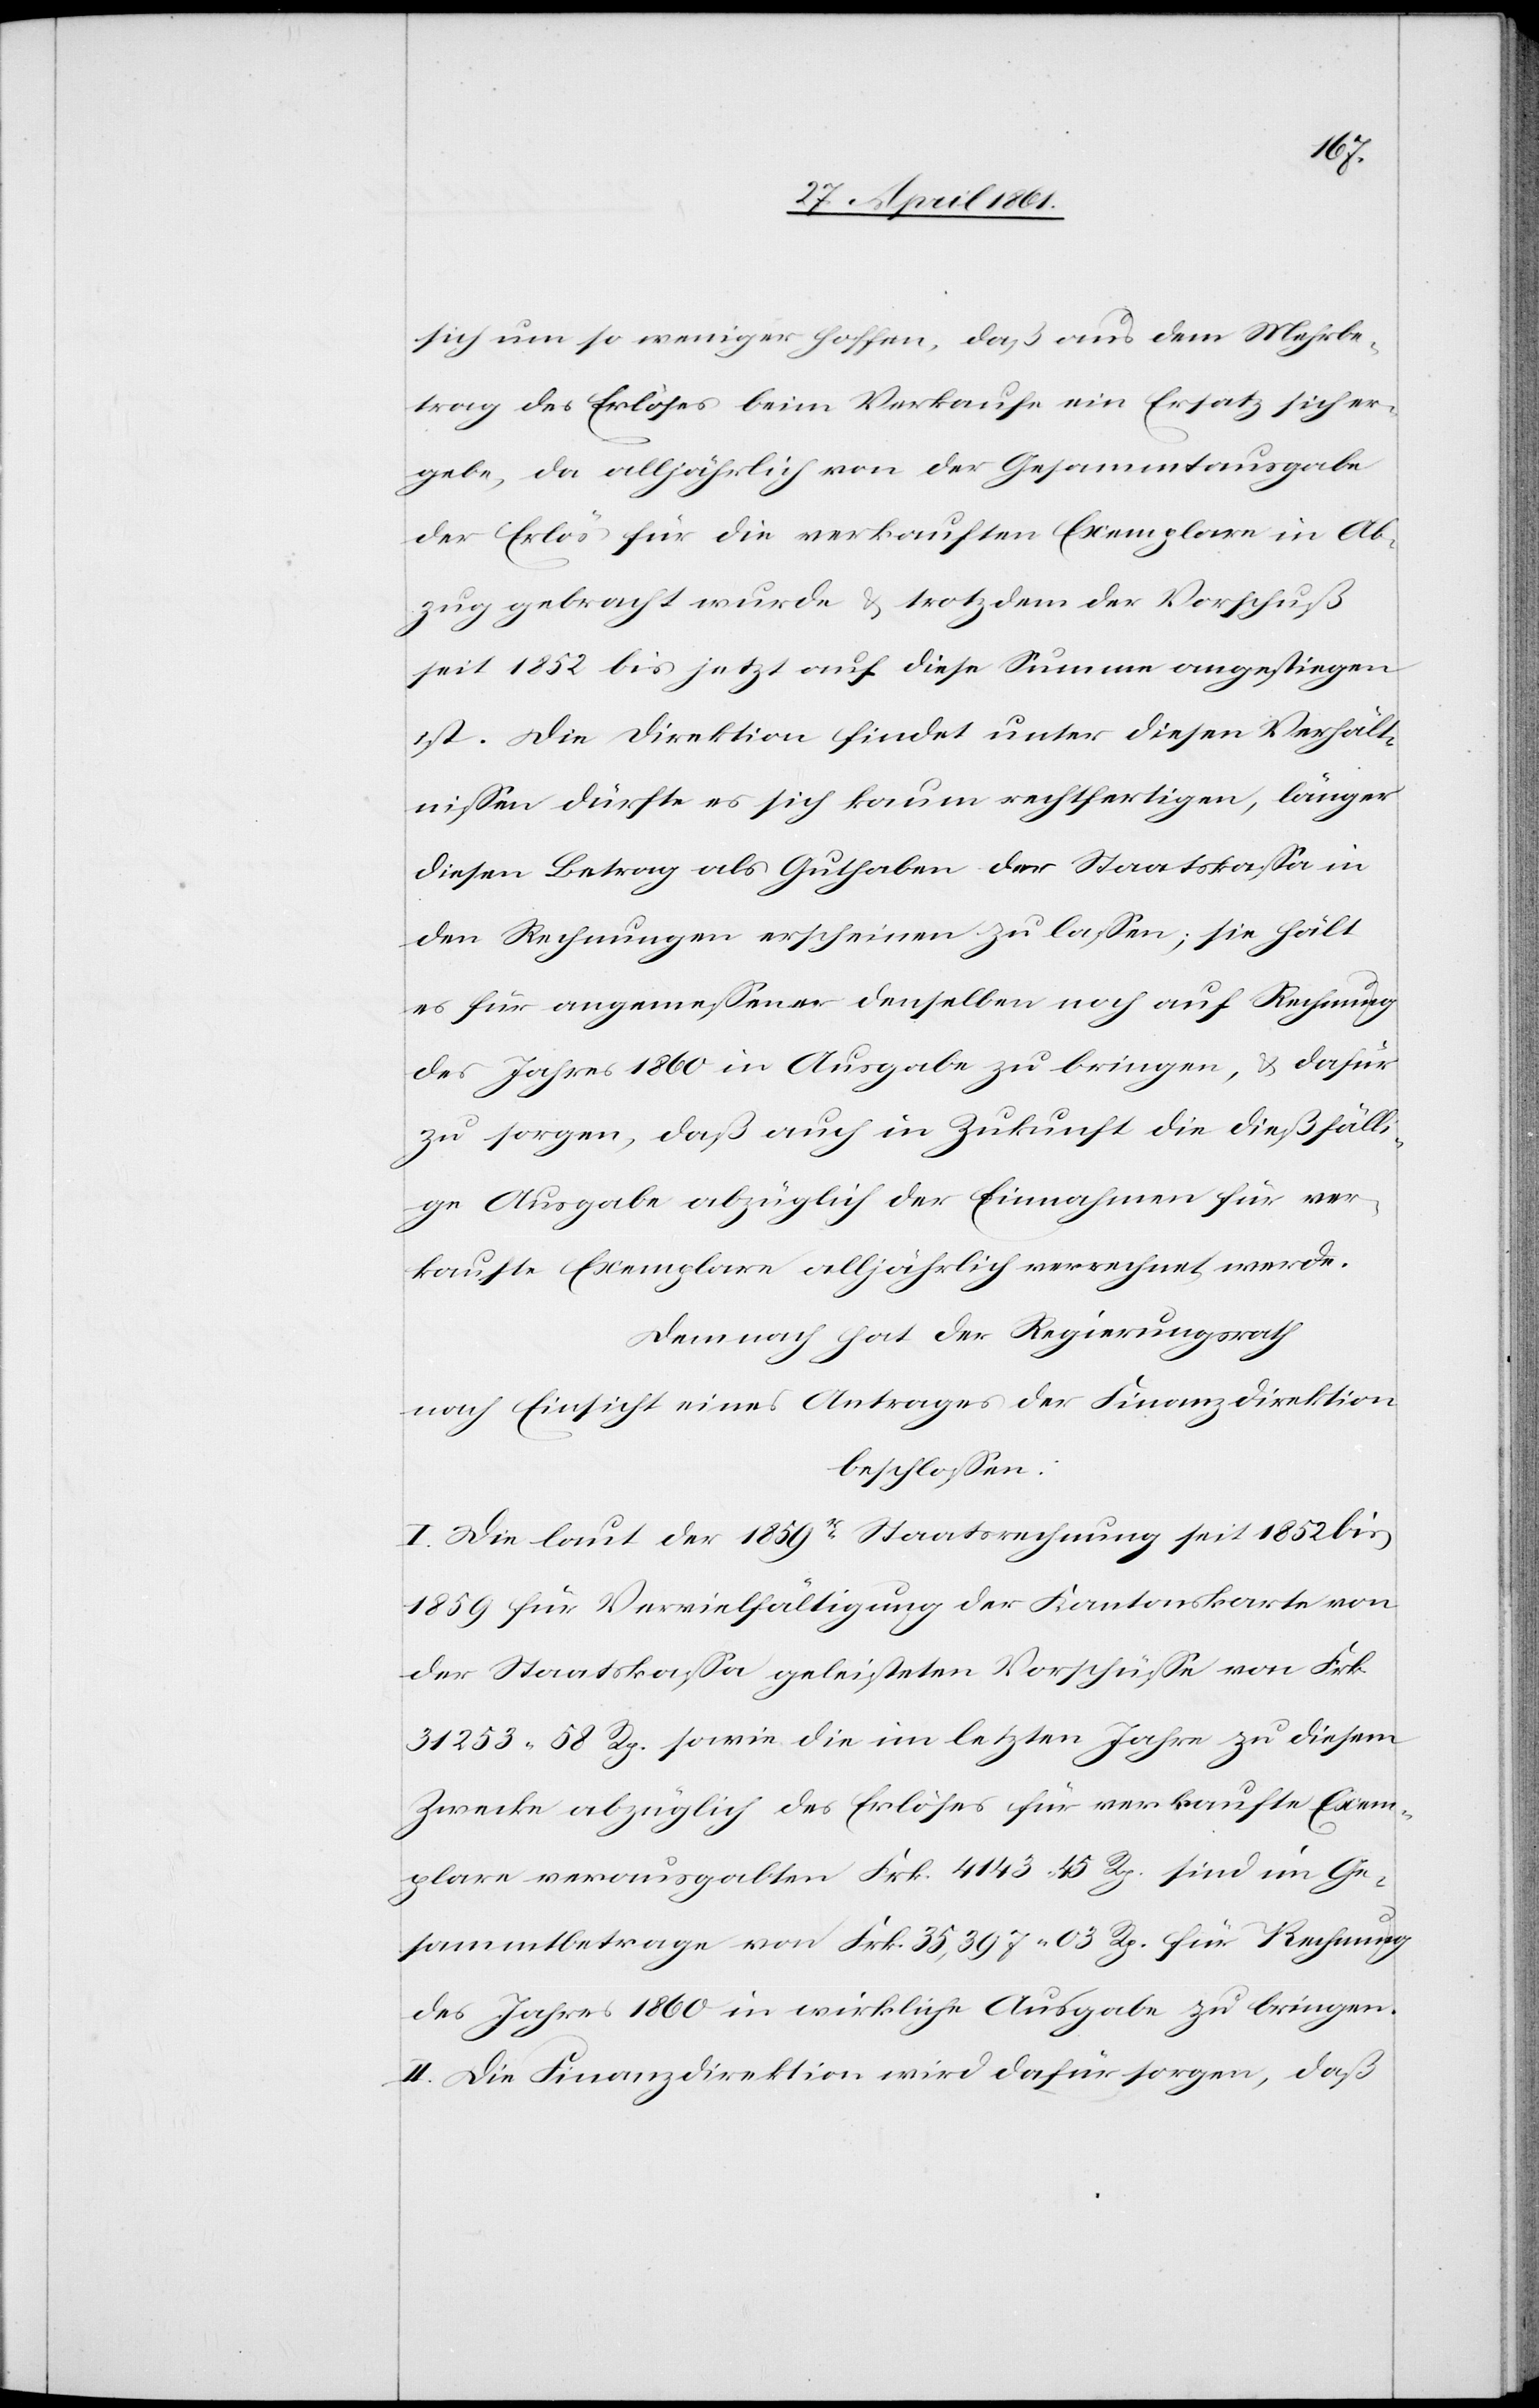
sich um so weniger hoffen, daß aus dem Mehrbe¬
trag des Erlöses beim Verkaufe ein Ersatz sich er¬
gebe, da alljährlich von der Gesammtausgabe
der Erlös für die verkauften Exemplare in Ab¬
zug gebracht wurde u. trotzdem der Vorschuß
seit 1852 bis jetzt auf diese Summe angestiegen
ist. Die Direktion findet unter diesen Verhält¬
nissen dürfte es sich kaum rechtfertigen, länger
diesen Betrag als Guthaben der Staatskassa in
den Rechnungen erscheinen zu lassen; sie hält
es für angemessener denselben noch auf Rechnung
des Jahres 1860 in Aushingabe zu bringen, u. dafür
zu sorgen, daß auch in Zukunft die dießfälli¬
ge Ausgabe abzüglich der Einnahmen für ver¬
kaufte Exemplare alljährlich verrechnet werde.
Demnach hat der Regierungsrath
nach Einsicht eines Antrages der Finanzdirektion
beschlossen:
I. Die laut der 1859r Staatsrechnung seit 1852 ist
1859 für Vervielfältigung der Kantonskarte von
der Staatskassa geleisteten Vorschüsse von Frk.
31 253 58 Rp. sowie die im letzten Jahre zu diesem
Zwecke abzüglich des Erlöses für verkaufte Exem¬
plare verausgabten Frk. 4143 45 Rp. sind im Ge¬
sammtbetrage von Frk. 35,397 03 Rp. für Rechnung
des Jahres 1860 in wirkliche Ausgabe zu bringen.
II. Die Finanzdirektion wird dafür sorgen, daß